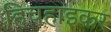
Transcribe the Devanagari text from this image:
हिचहाइकर